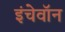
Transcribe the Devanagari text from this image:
इंचेवॉन